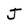
Character: J